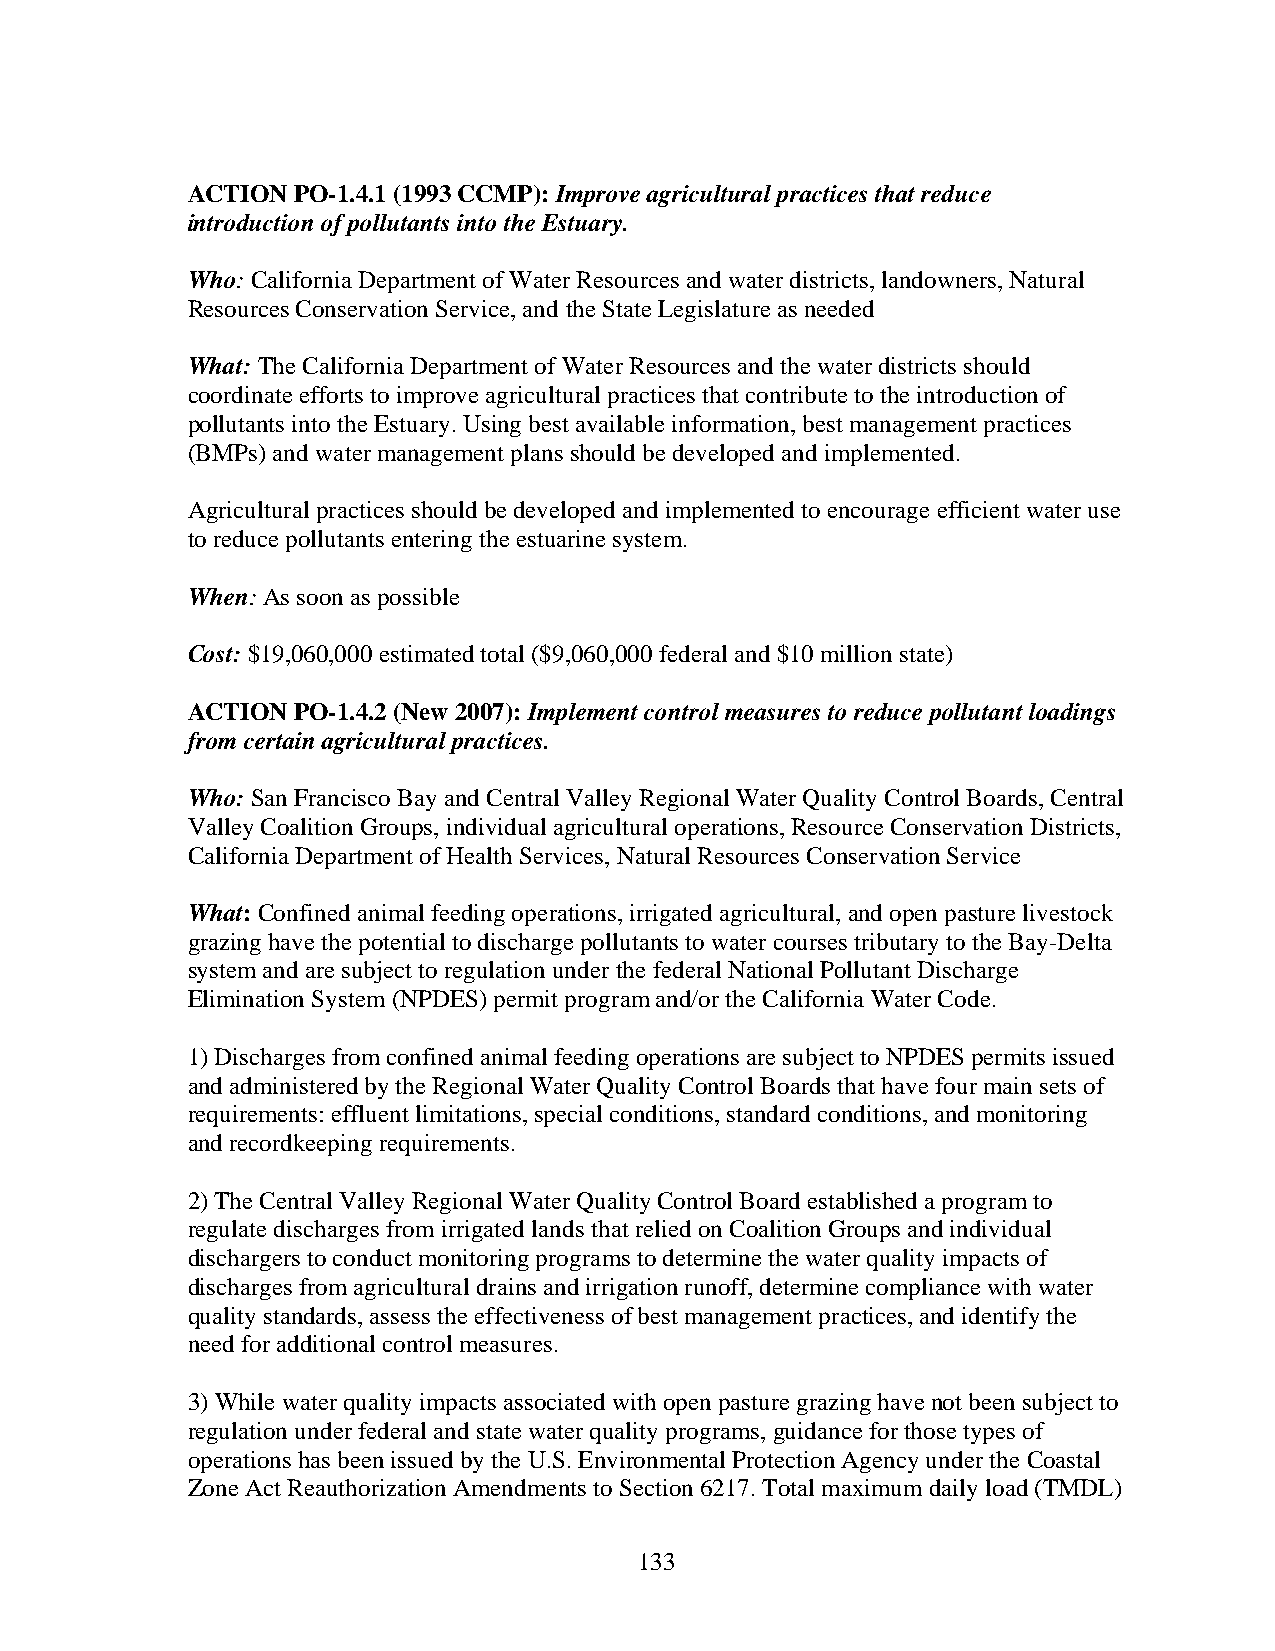
ACTION PO-1.4.1 (1993 CCMP): Improve agricultural practices that reduce
 introduction of pollutants into the Estuary.
 Who: California Department of Water Resources and water districts, landowners, Natural
 Resources Conservation Service, and the State Legislature as needed
 What: The California Department of Water Resources and the water districts should
 coordinate efforts to improve agricultural practices that contribute to the introduction of
 pollutants into the Estuary. Using best available information, best management practices
 (BMPs) and water management plans should be developed and implemented.
 Agricultural practices should be developed and implemented to encourage efficient water use
 to reduce pollutants entering the estuarine system.
 When: As soon as possible
 Cost: $19,060,000 estimated total ($9,060,000 federal and $10 million state)
 ACTION PO-1.4.2 (New 2007): Implement control measures to reduce pollutant loadings
 from certain agricultural practices.
 Who: San Francisco Bay and Central Valley Regional Water Quality Control Boards, Central
 Valley Coalition Groups, individual agricultural operations, Resource Conservation Districts,
 California Department of Health Services, Natural Resources Conservation Service
 What: Confined animal feeding operations, irrigated agricultural, and open pasture livestock
 grazing have the potential to discharge pollutants to water courses tributary to the Bay-Delta
 system and are subject to regulation under the federal National Pollutant Discharge
 Elimination System (NPDES) permit program and/or the California Water Code.
 1) Discharges from confined animal feeding operations are subject to NPDES permits issued
 and administered by the Regional Water Quality Control Boards that have four main sets of
 requirements: effluent limitations, special conditions, standard conditions, and monitoring
 and recordkeeping requirements.
 2) The Central Valley Regional Water Quality Control Board established a program to
 regulate discharges from irrigated lands that relied on Coalition Groups and individual
 dischargers to conduct monitoring programs to determine the water quality impacts of
 discharges from agricultural drains and irrigation runoff, determine compliance with water
 quality standards, assess the effectiveness of best management practices, and identify the
 need for additional control measures.
 3) While water quality impacts associated with open pasture grazing have not been subject to
 regulation under federal and state water quality programs, guidance for those types of
 operations has been issued by the U.S. Environmental Protection Agency under the Coastal
 Zone Act Reauthorization Amendments to Section 6217. Total maximum daily load (TMDL)
 133